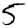
Digit: 5